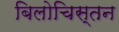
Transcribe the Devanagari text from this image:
बिलोचिस्तन